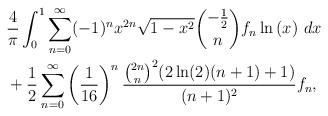
LaTeX: \begin{align*} & \frac{4}{\pi} \int_{0}^{1} \sum_{n = 0}^{\infty} (-1)^{n} x^{2n} \sqrt{1-x^{2}} \binom{-\frac{1}{2}}{n} f_{n} \ln\left(x\right) \, dx \\ & + \frac{1}{2} \sum _{n=0}^{\infty } \left( \frac{1}{16} \right)^{n} \frac{ \binom{2 n}{n}^2 ( 2 \ln (2) ( n + 1) + 1)}{(n+1)^2} f_{n},\end{align*}